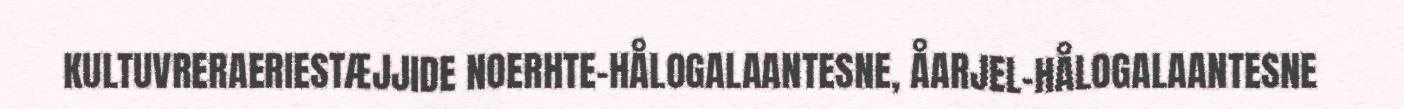
KULTUVRERAERIESTÆJJIDE NOERHTE-HÅLOGALAANTESNE, ÅARJEL-HÅLOGALAANTESNE